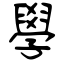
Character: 學